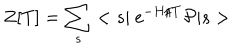
LaTeX: Z [ T ] = \sum _ { s } < s \vert \mathrm { ~ e } ^ { - H / T } { \cal P } \vert s >